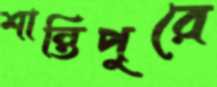
শান্তিপুরে